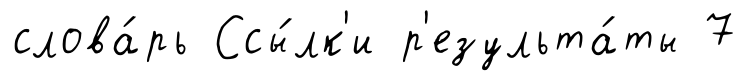
слова́рь Ссы́лк'и р'езульта́ты 7